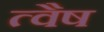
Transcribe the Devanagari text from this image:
त्वैष